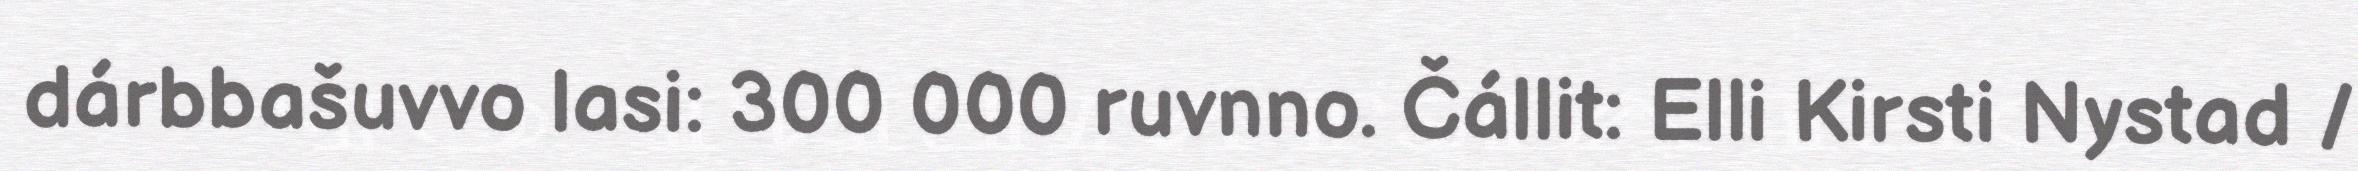
dárbbašuvvo lasi: 300 000 ruvnno. Čállit: Elli Kirsti Nystad /